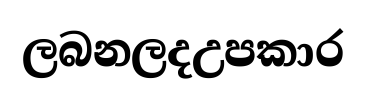
ලබනලදඋපකාර